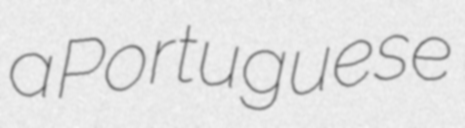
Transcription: a Portuguese